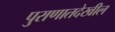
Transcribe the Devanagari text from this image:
पुराणातदेखील